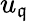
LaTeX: u_{\mathfrak{q}}